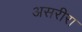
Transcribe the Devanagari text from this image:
असरीरा